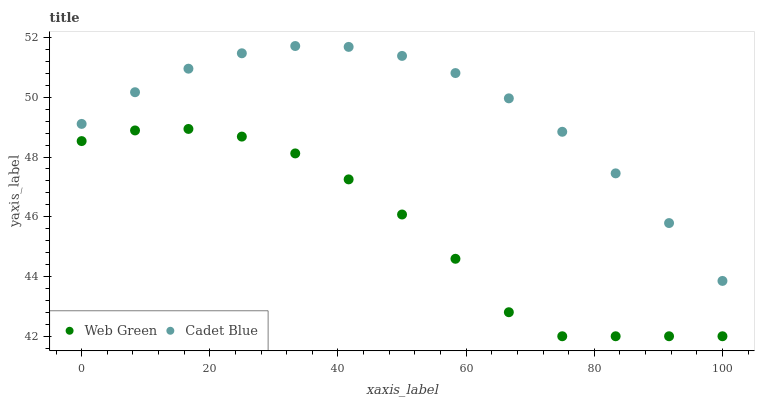
| xaxis_label | Web Green | Cadet Blue |
 | --- | --- | --- |
 | 0 | 48.5 | 49.1 |
 | 8.33 | 48.9 | 50.2 |
 | 16.7 | 48.9 | 51 |
 | 25 | 48.7 | 51.5 |
 | 33.3 | 48.1 | 51.7 |
 | 41.7 | 47.3 | 51.7 |
 | 50 | 46.1 | 51.4 |
 | 58.3 | 44.6 | 50.8 |
 | 66.7 | 42.8 | 50 |
 | 75 | 42 | 48.8 |
 | 83.3 | 42 | 47.5 |
 | 91.7 | 42 | 45.8 |
 | 100 | 42 | 43.9 |